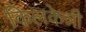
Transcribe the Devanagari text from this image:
किलकेन्नी